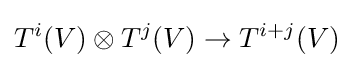
T^{i}(V)\otimes T^{j}(V)\to T^{i+j}(V)